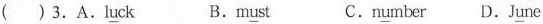
( ) 3.A.l\underline{u}ck B.m\underline{u}st C.n\underline{u}mber D.J\underline{u}ne